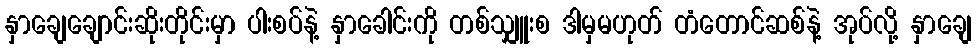
နှာချေချောင်းဆိုးတိုင်းမှာ ပါးစပ်နဲ့ နှာခေါင်းကို တစ်သျှူးစ ဒါမှမဟုတ် တံတောင်ဆစ်နဲ့ အုပ်လို့ နှာချေ